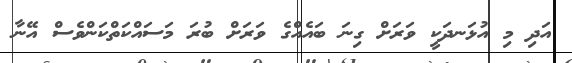
އަދި މި އުޅަނދަކީ ވަރަށް ގިނަ ބައެއްގެ ވަރަށް ބުރަ މަސައްކަތްކަންވެސް އޭނާ